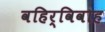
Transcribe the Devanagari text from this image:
वहिर्विवाह